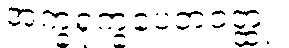
အက္ခရုက္ခပေတဝတ္ထု။